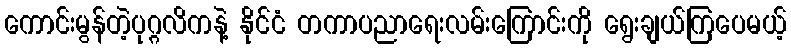
ကောင်းမွန်တဲ့ပုဂ္ဂလိကနဲ့ နိုင်ငံ တကာပညာရေးလမ်းကြောင်းကို ရွေးချယ်ကြပေမယ့်